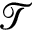
\mathscr { T }